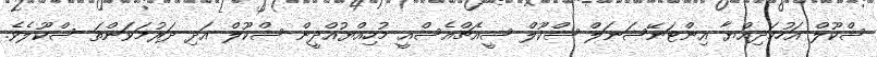
ސްކޫލް އަހުމަދިއްޔާ އިންޓަނޭޝަނަލް ސްކޫލް ސީއެޗްއެސްއީ މުހިއްޔުއްދީން ސްކޫލް އަދި ދަރުމަވަންތަ ސްކޫލެވެ.